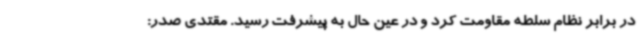
در برابر نظام سلطه مقاومت کرد و در عین حال به پیشرفت رسید. مقتدی صدر:‌